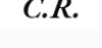
C.R.